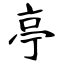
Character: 亭